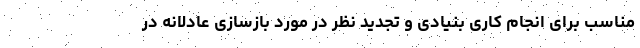
مناسب برای انجام کاری بنیادی و تجدید نظر در مورد بازسازی عادلانه در